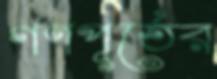
গণপূর্তের